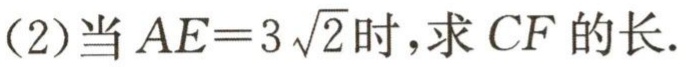
(2)当 \(AE = 3\sqrt{2}\) 时，求 \(CF\) 的长.